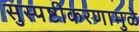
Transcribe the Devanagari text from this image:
सुस्पष्टीकरणामुळे